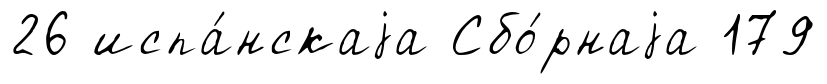
26 испа́нскаjа Сбо́рнаjа 179